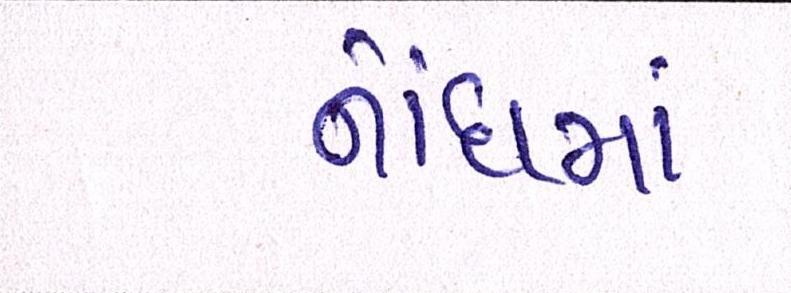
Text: નોંધમાં